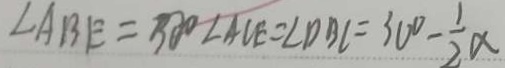
\angle A B E = 3 0 ^ { \circ } \angle A C E = \angle D B C = 3 0 ^ { \circ } - \frac { 1 } { 2 } \alpha